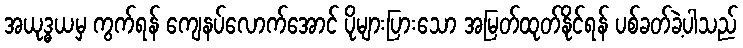
အယုဒ္ဓယမှ ကွက်ရန် ကျေနပ်လောက်အောင် ပိုများပြားသော အမြတ်ထုတ်နိုင်ရန် ပစ်ခတ်ခဲ့ပါသည်